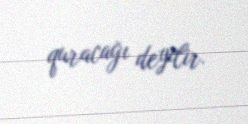
quracağı deyilir.